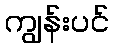
ကျွန်းပင်